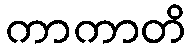
ကာကာတိ